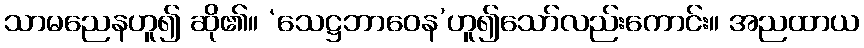
သာမညေနဟူ၍ ဆို၏။ ‘သေဋ္ဌဘာဝေန’ဟူ၍သော်လည်းကောင်း။ အညထာယ